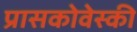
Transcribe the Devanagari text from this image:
प्रासकोवेस्की